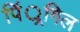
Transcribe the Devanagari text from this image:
पिं्रगिल